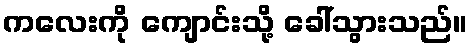
ကလေးကို ကျောင်းသို့ ခေါ်သွားသည်။